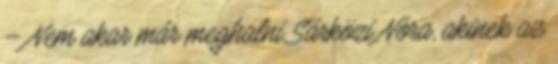
– Nem akar már meghalni Sárközi Nóra, akinek az